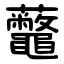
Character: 虌